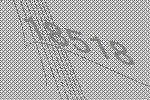
18518